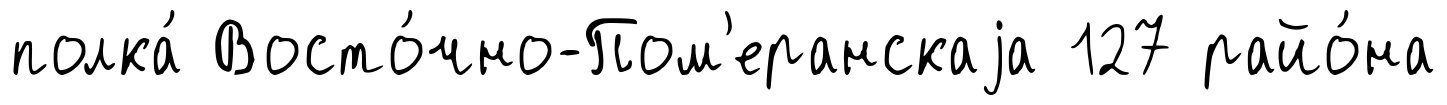
полка́ Восто́чно-Пом'еранскаjа 127 райо́на